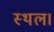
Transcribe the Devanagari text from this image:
स्‍थल।